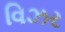
વિઝર